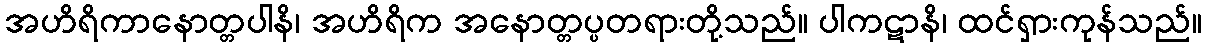
အဟိရိကာနောတ္တပါနိ၊ အဟိရိက အနောတ္တပ္ပတရားတို့သည်။ ပါကဋာနိ၊ ထင်ရှားကုန်သည်။